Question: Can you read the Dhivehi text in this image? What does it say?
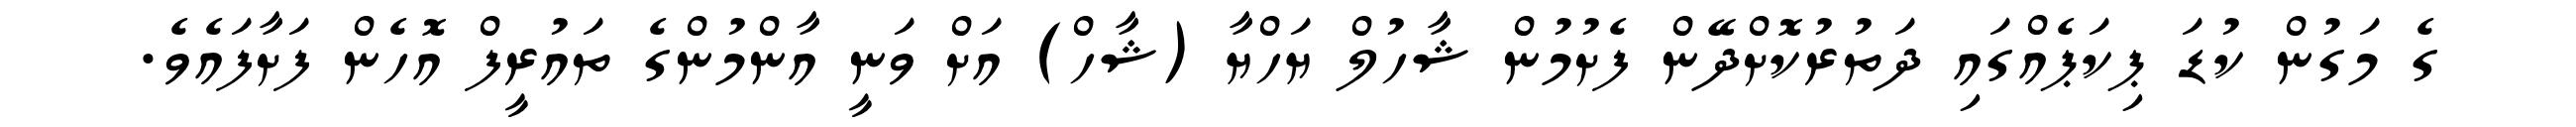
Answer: ގެ މަގުން ކުޑަ ޕިކަޕެއްގައި ދަތުރުކޮށްދޭން ފެށުމުން ޝާހުލް ޔަހްޔާ (ޝާހް) އަށް ވަނީ އާންމުންގެ ތައުރީފް އޮހެން ފަށާފައެވެ.